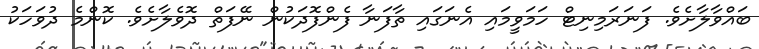
ބައްވާލާށެވެ. ފަނަރަމިނިޓް ހަމަވީމައި އެނަގައި ތާފަނާ ފެންފޮދަކުން ނޭފަތް ދޮވެލާށެވެ. ކޮންމެ ދުވަހަކު